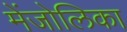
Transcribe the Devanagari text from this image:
मेंजोलिका